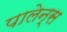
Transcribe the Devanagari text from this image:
पालेन्स